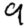
Digit: 9